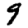
Digit: 9